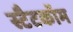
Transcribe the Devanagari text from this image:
स्टैटकॉम